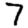
Digit: 7